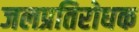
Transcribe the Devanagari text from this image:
जलप्रतिरोधक